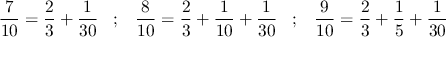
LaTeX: { \frac { 7 } { 1 0 } } = { \frac { 2 } { 3 } } + { \frac { 1 } { 3 0 } } \; \; \; ; \; \; \; { \frac { 8 } { 1 0 } } = { \frac { 2 } { 3 } } + { \frac { 1 } { 1 0 } } + { \frac { 1 } { 3 0 } } \; \; \; ; \; \; \; { \frac { 9 } { 1 0 } } = { \frac { 2 } { 3 } } + { \frac { 1 } { 5 } } + { \frac { 1 } { 3 0 } }